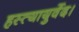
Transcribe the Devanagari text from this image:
हस्त्यायुर्वेद।